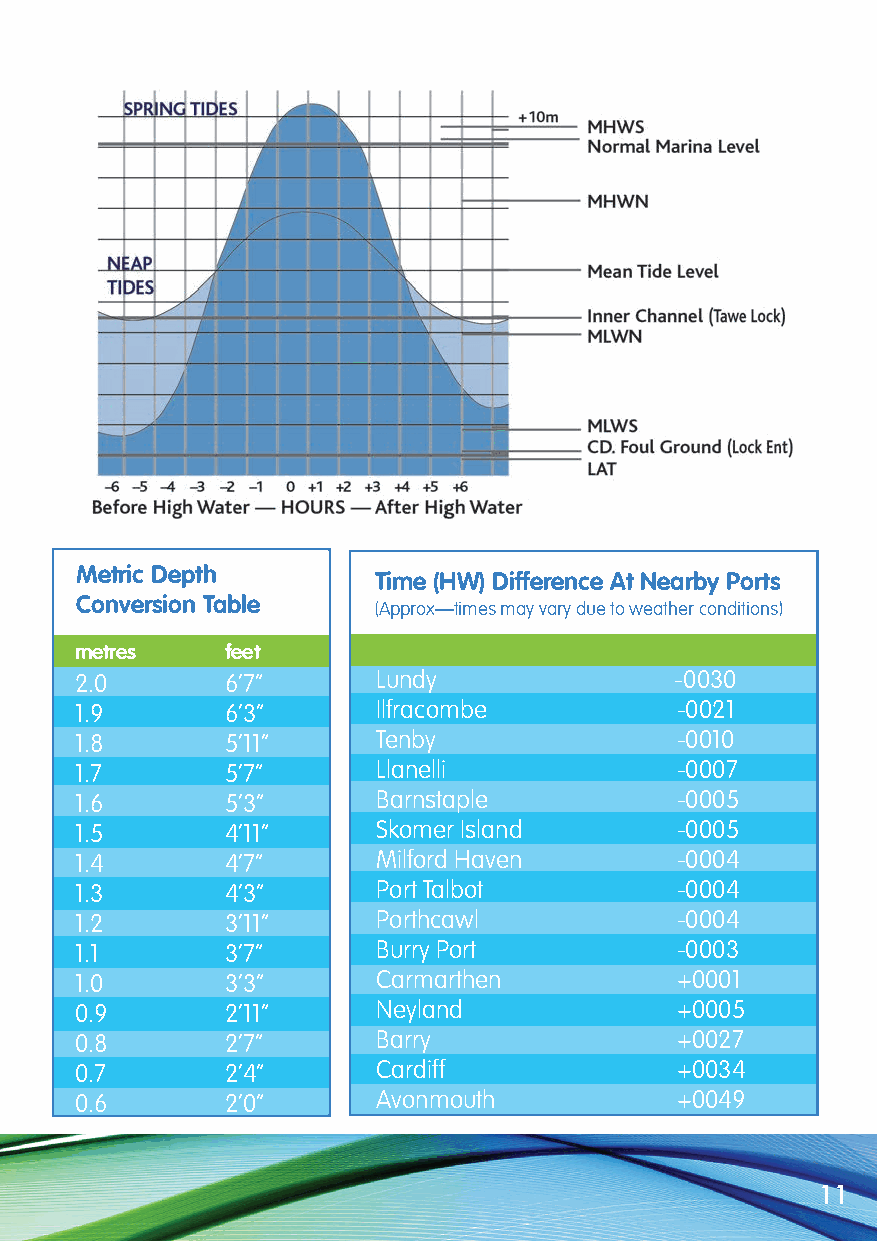
Metric Depth
 Time (HW) Difference At Nearby Ports
 Conversion Table
 (Approx—times may vary due to weather conditions)
 metres    feet
 2.0       6’7”      Lundy               -0030
 1.9       6’3”      Ilfracombe          -0021
 1.8       5’11”     Tenby               -0010
 1.7       5’7”      Llanelli            -0007
 1.6       5’3”      Barnstaple          -0005
 1.5       4’11”     Skomer Island       -0005
 1.4       4’7”      Milford Haven       -0004
 1.3       4’3”      Port Talbot         -0004
 1.2       3’11”     Porthcawl           -0004
 1.1       3’7”      Burry Port          -0003
 1.0       3’3”      Carmarthen          +0001
 0.9       2’11”     Neyland             +0005
 0.8       2’7”      Barry               +0027
 0.7       2’4”      Cardiff             +0034
 0.6       2’0”      Avonmouth           +0049
 11